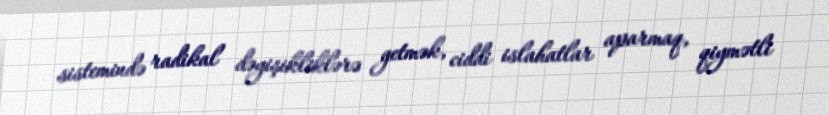
sistemində radikal dəyişikliklərə getmək, ciddi islahatlar aparmaq, qiymətli